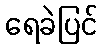
ရေခဲပြင်